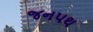
જનપથ